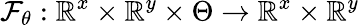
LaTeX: \mathcal{F}_{\theta}:\mathbb{R}^{x}\times\mathbb{R}^{y}\times\Theta\rightarrow\mathbb{R}^{x}\times\mathbb{R}^{y}